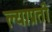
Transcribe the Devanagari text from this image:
ल्याप्रती